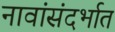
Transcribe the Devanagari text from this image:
नावांसंदर्भात